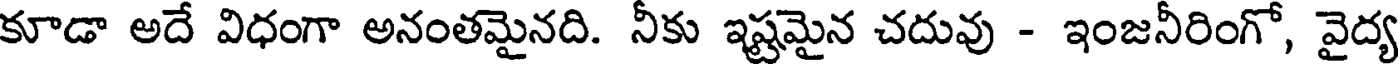
కూడా అదే విధంగా అనంతమైనది. నీకు ఇష్టమైన చదువు - ఇంజనీరింగో, వైద్య